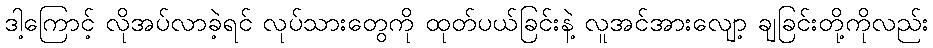
ဒါ့ကြောင့် လိုအပ်လာခဲ့ရင် လုပ်သားတွေကို ထုတ်ပယ်ခြင်းနဲ့ လူအင်အားလျော့ ချခြင်းတို့ကိုလည်း